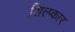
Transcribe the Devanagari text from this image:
शिल्प्कार